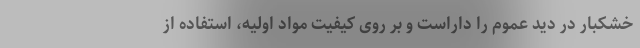
خشکبار در دید عموم را داراست و بر روی کیفیت مواد اولیه، استفاده از